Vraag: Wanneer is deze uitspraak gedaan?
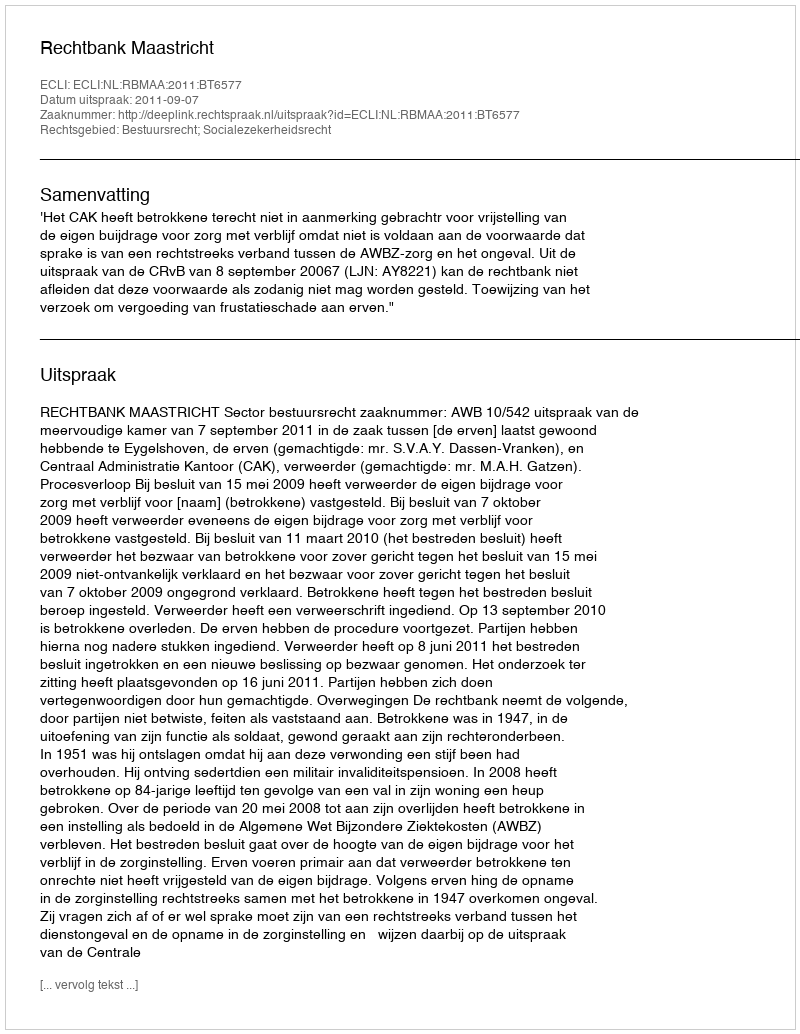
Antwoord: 2011-09-07